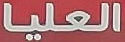
العليا